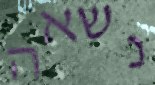
נשאה